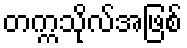
တက္ကသိုလ်အဖြစ်